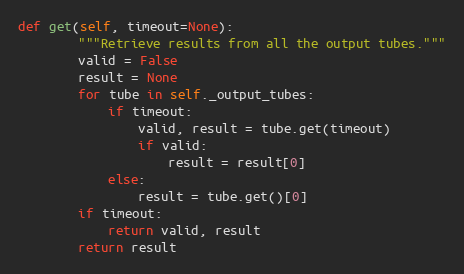
Language: Python
def get(self, timeout=None):
        """Retrieve results from all the output tubes."""
        valid = False
        result = None
        for tube in self._output_tubes:
            if timeout:
                valid, result = tube.get(timeout)
                if valid:
                    result = result[0]
            else:
                result = tube.get()[0]
        if timeout:
            return valid, result
        return result